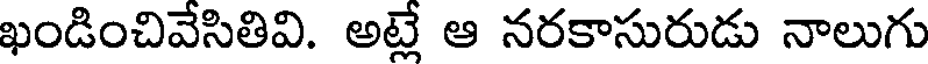
ఖండించివేసితివి. అట్లే ఆ నరకాసురుడు నాలుగు